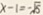
x - 1 = - \sqrt { 5 }